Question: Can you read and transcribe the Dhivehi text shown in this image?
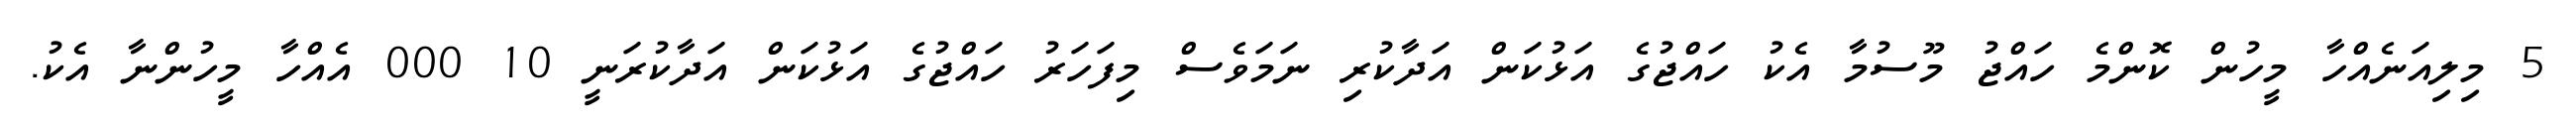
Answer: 5 މިލިއަނެއްހާ މީހުން ކޮންމެ ހައްޖު މޫސުމާ އެކު ހައްޖުގެ އަޅުކަން އަދާކުރި ނަމަވެސް މިފަހަރު ހައްޖުގެ އަޅުކަން އަދާކުރަނީ 10 000 އެއްހާ މީހުންނާ އެކު.